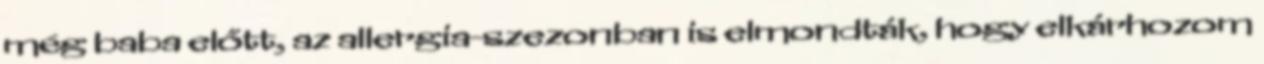
még baba előtt, az allergia-szezonban is elmondták, hogy elkárhozom